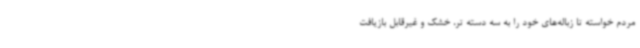
مردم خواسته تا زباله‌های خود را به سه دسته تر، خشک و غیرقابل بازیافت